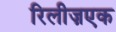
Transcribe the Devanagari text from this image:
रिलीज़एक